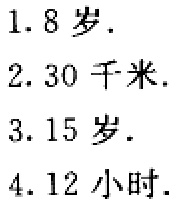
1. 8岁.

2. 30千米.

3. 15岁.

4. 12小时.